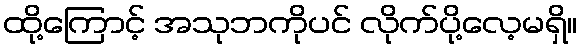
ထို့ကြောင့် အသုဘကိုပင် လိုက်ပို့လေ့မရှိ။